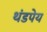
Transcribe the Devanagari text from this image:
थंडपेय